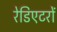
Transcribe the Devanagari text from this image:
रेडिएटरों